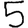
Digit: 5